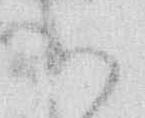
御